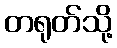
တရုတ်သို့